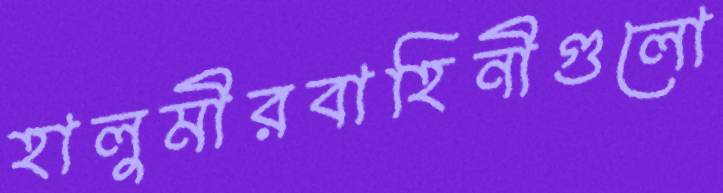
হালুমীরবাহিনীগুলো